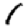
Digit: 1